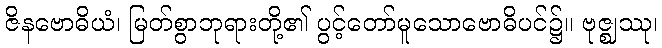
ဇိနဗောဓိယံ၊ မြတ်စွာဘုရားတို့၏ ပွင့်တော်မူသောဗောဓိပင်၌။ ဗုဇ္ဈဿု၊